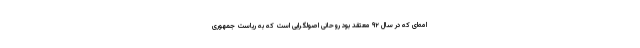
امه‌ای که در سال ۹۲ معتقد بود روحانی اصولگرایی است که به ریاست جمهوری